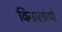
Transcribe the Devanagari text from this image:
विनालोपो